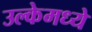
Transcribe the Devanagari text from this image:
उल्केमध्ये